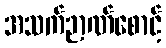
အသက်ဉာဏ်စောင့်